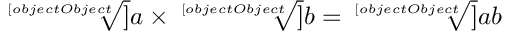
{ \sqrt [ [object Object] ] { a } } \times { \sqrt [ [object Object] ] { b } } = { \sqrt [ [object Object] ] { a b } }